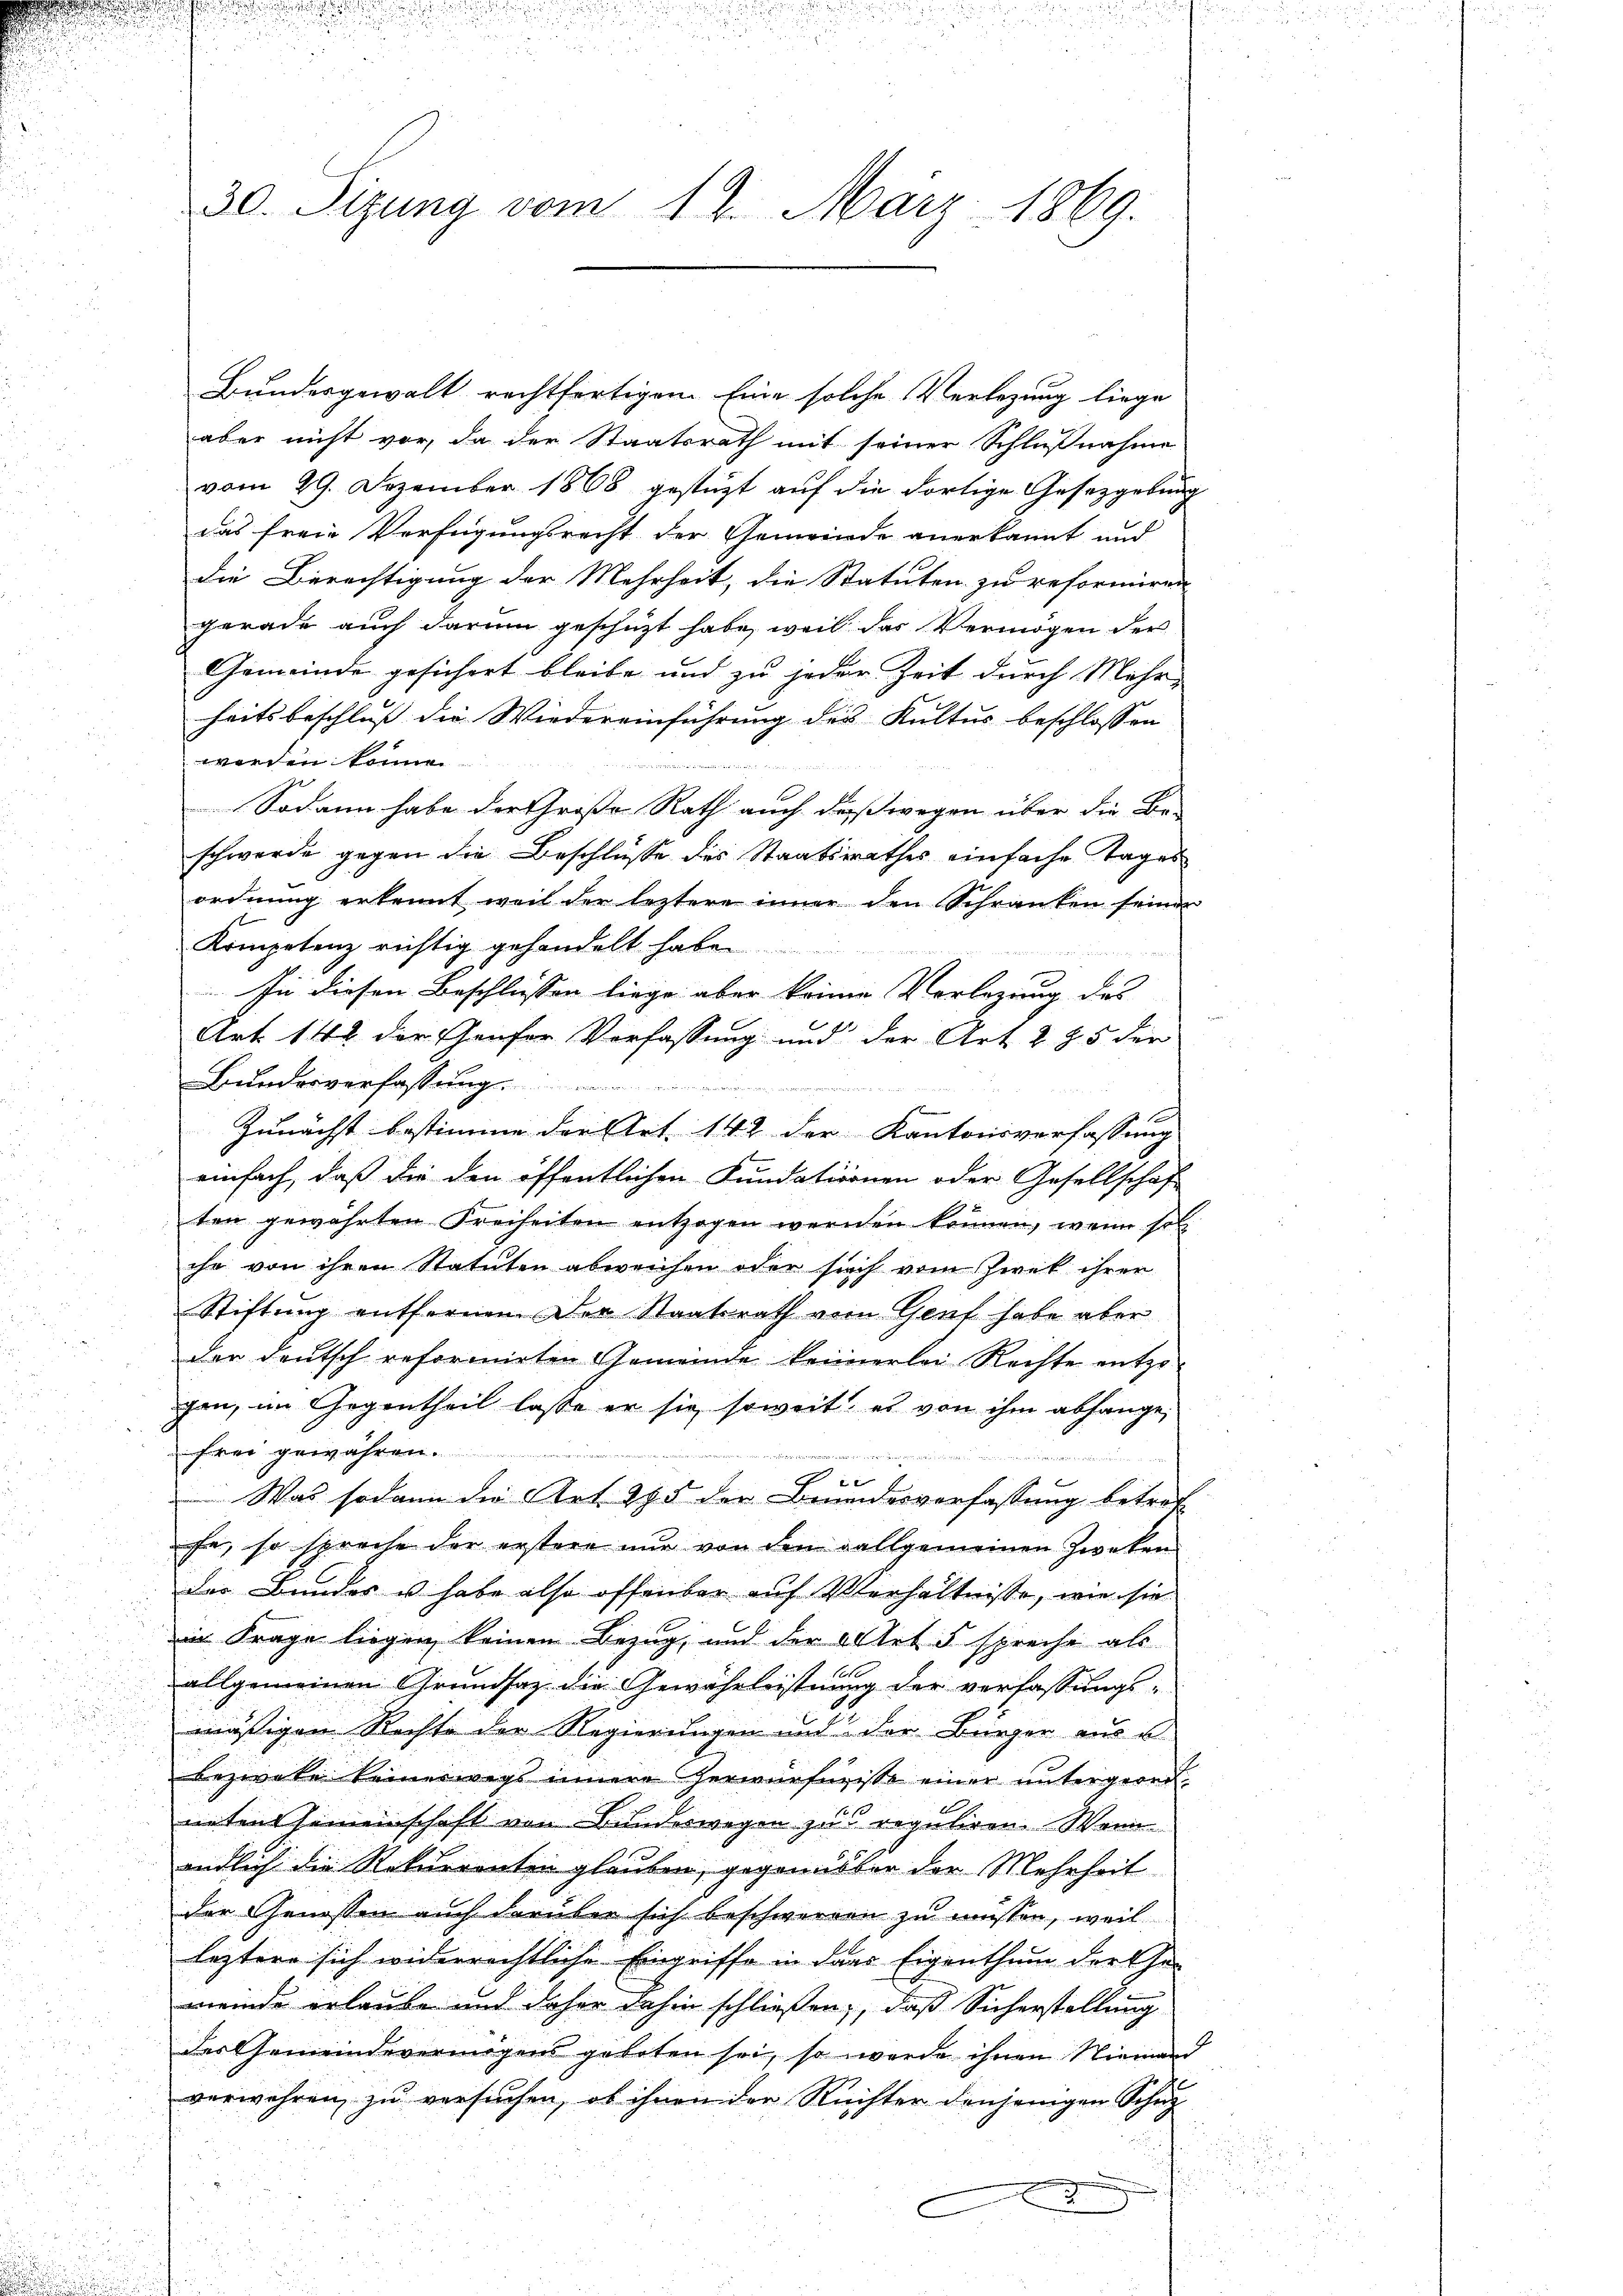
30. Sizung vom 19. März 1869.

Bundesgewalt rechtfertigem Eine solche Verlegung liege
aber nicht vor, da der Staatsrath mit seiner Schlußnahme
vom 29. Dezember 1868 gestüzt auf die dortige Gesetzgebung
das freie Verfügungsrecht der Gemeinde anerkannt und
die Berechtigung der Mehrheit, die Statuten zu reformiren
gerade auch darum geschüzt habe, weil das Vermögen der
Gemeinde gesichert bleibe und zu jeder Zeit durch Mehrheitsbeschluß die Wiedereinführung des Kultus beschlossen
werden könne.
mund einen
Sodann habe der Große Rath auch daß wegen über die Be-
schwerde gegen die Beschlüsse des Staatsrathes einfache Tages
ordnung erkennt weil der leztere inner den Schranken seiner
Kompetenz richtig gehandelt habe
In diesen Beschliessen liege aber keine Vorlegung des
Art. 142 der Genfer Verfassung und der Art. 285 der
Bundesverfassung.

Zunächst bestimme der Art. 142 der Kantonsverfassung
einfach, daß die den öffentlichen Fundationnen oder Gesellschaf
ten gewährten Freiheiten entzogen werden können, wenn sol
ihr von ihren Statuten abweichen oder such vom Zwek ihrer
Stiftung entfernen Der Staatsrath vom Genf habe aber
der deutsch reformirten Gemeinde keinerlei Rechte entzogen, im Gegentheil lasse er sie soweit es von ihm abhänge,
frei gewähren.
d

 Was sodann die Art. 295 der Beundesverfassung betreffe, so spreche der erstere nur von den allgemeinen Zwecken
der Bundes u habe also offenbar auf Verhältnisse, wie sie
in Frage liegen keinen Bezug, und der Art. 5 spreche als
e
allgemeinen Grundsaz die Gewährleistung der verfassungsmässigen Rechte der Regierungen und der Bürger aus u.
beziehe keineswegs innere Zerwürfnisse einer untergeord
unten Gemeinschaft von Bundeswegen zu reguliren. Wenn
endlich die Rekurrenten glauben, gegenüster der Mehrheit
der Genossen auch darüber sich beschweren zu müssen, weil
leztere sich widerrechtliche Eingriffe in dass Eigenthum der Ge-
meinde erlaube und daher dahin schließen, daß Sicherstellung
des Gemeindevermögens geboten sei, so werde ihnen Niemand
verwahren zu versuchen, ob ihnen der Rechter denjenigen Schutz
i
e